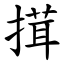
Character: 搑